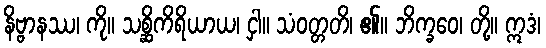
နိဗ္ဗာနဿ၊ ကို။ သစ္ဆိကိရိယာယ၊ ငှါ။ သံဝတ္တတိ၊ ၏။ ဘိက္ခဝေ၊ တို့။ ဣဒံ၊